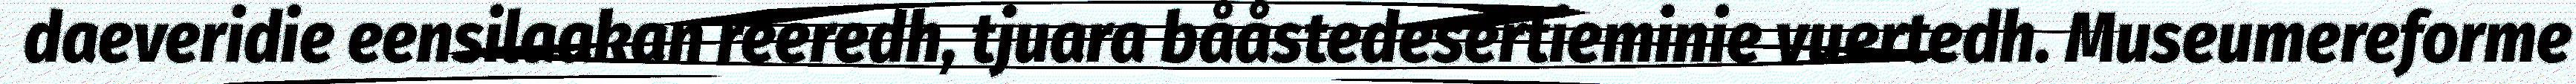
daeveridie eensilaakan reeredh, tjuara bååstedesertieminie vuertedh. Museumereforme